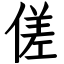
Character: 傞